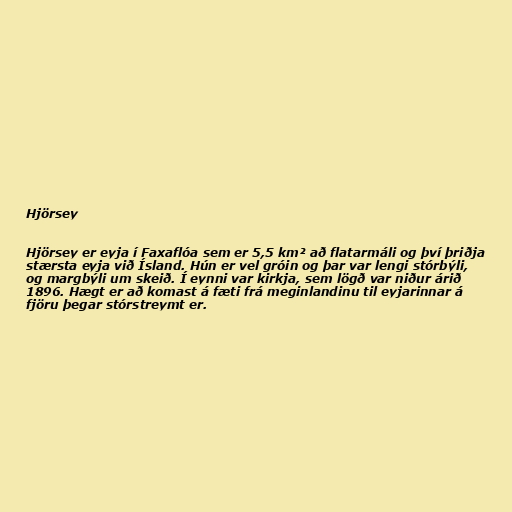
Hjörsey

Hjörsey er eyja í Faxaflóa sem er 5,5 km² að flatarmáli og því þriðja
stærsta eyja við Ísland. Hún er vel gróin og þar var lengi stórbýli,
og margbýli um skeið. Í eynni var kirkja, sem lögð var niður árið
1896. Hægt er að komast á fæti frá meginlandinu til eyjarinnar á
fjöru þegar stórstreymt er.